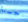
حسنا